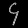
Digit: ၄